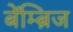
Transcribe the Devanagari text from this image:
बेंम्ब्रिज